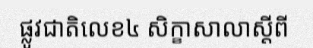
ផ្លូវជាតិលេខ៤ សិក្ខាសាលាស្តីពី